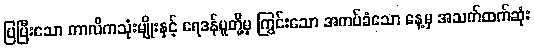
ပြပြီးသော ကာလိကသုံးမျိုးနှင့် ရေဒန်ပူတို့မှ ကြွင်းသော အကပ်ခံသော နေ့မှ အသက်ထက်ဆုံး